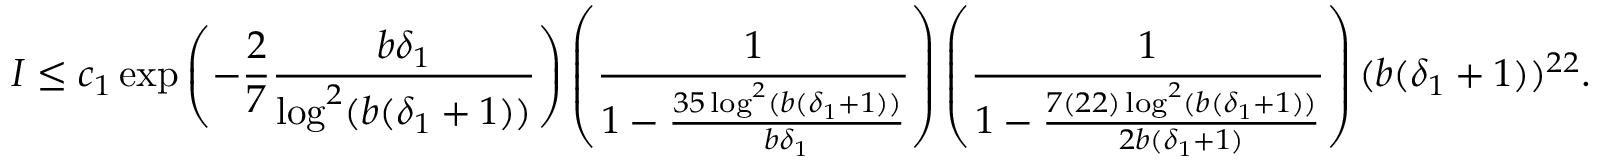
I \leq c _ { 1 } \exp \left( - \frac { 2 } { 7 } \frac { b \delta _ { 1 } } { \log ^ { 2 } ( b ( \delta _ { 1 } + 1 ) ) } \right) \left( \frac { 1 } { 1 - \frac { 3 5 \log ^ { 2 } ( b ( \delta _ { 1 } + 1 ) ) } { b \delta _ { 1 } } } \right) \left( \frac { 1 } { 1 - \frac { 7 ( 2 2 ) \log ^ { 2 } ( b ( \delta _ { 1 } + 1 ) ) } { 2 b ( \delta _ { 1 } + 1 ) } } \right) ( b ( \delta _ { 1 } + 1 ) ) ^ { 2 2 } .